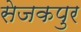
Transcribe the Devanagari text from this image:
सेजकपुर